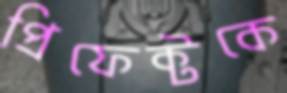
প্রিফেক্টকে